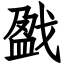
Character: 戤